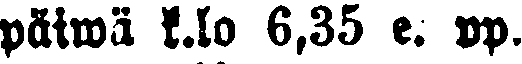
päiwä k.lo 6,35 e. pp.